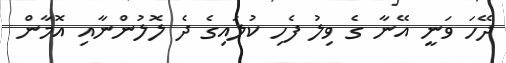
ދޭހަ ވަނީ އޭނާ ގެ ވިލު ފެހި ކުލައިގެ ދެ ލޮލުންނާއި އޮމާން